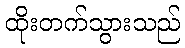
ထိုးတက်သွားသည်